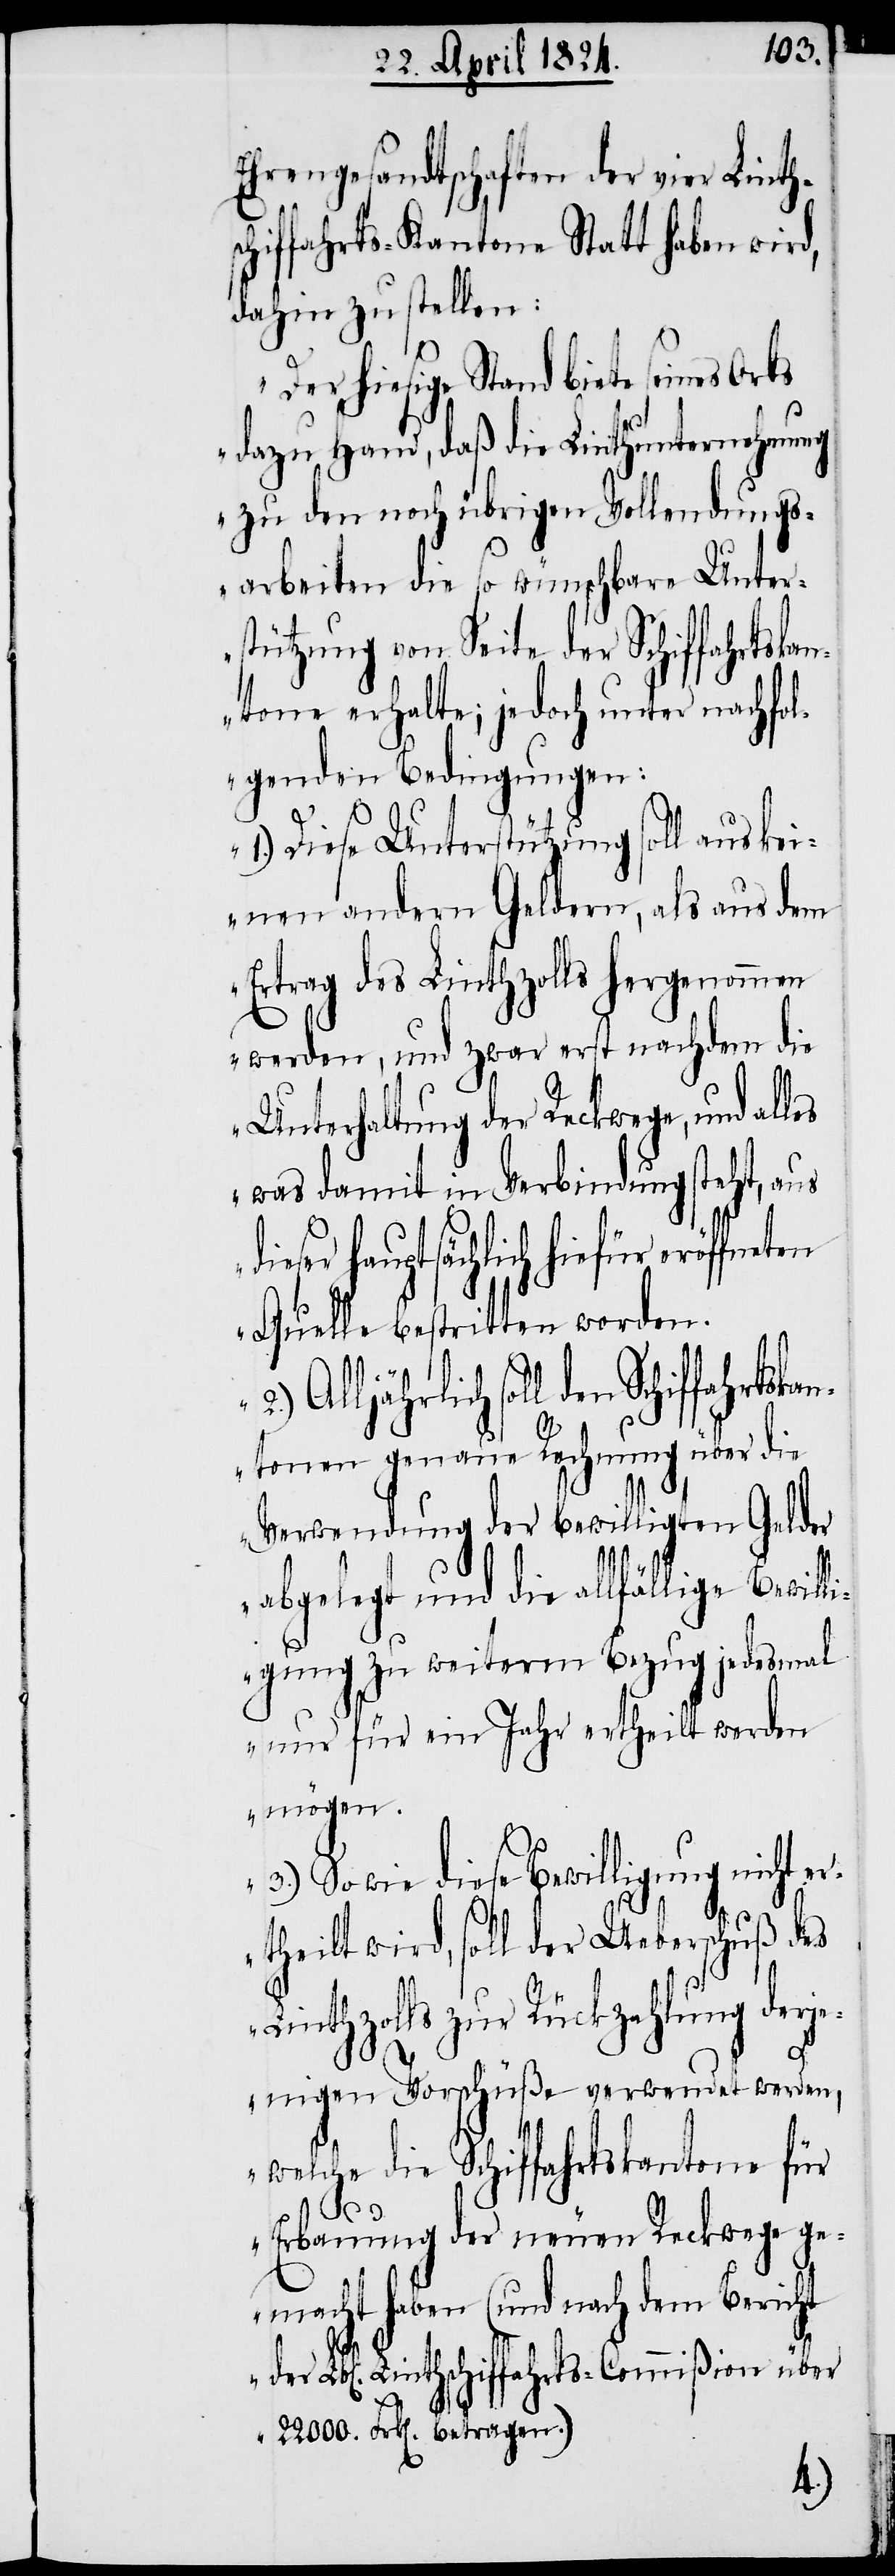
Ehrengesandtschaften der vier Linth¬
hiffahrts-Kantone Statt haben wird,
dahin zu stellen:
„Der hiesige Stand biete seines Orts
dazu Hand, daß die Linthunternehmung
zu den noch übrigen Vollendungs¬
arbeiten die so wünschbare Unter¬
stützung von Seite der Schiffahrtska¬
ntone erhalte; jedoch unter nachfol¬
genden Bedingungen:
1.) Diese Unterstützung soll aus ke¬
inen andern Geldern, als aus dem
Ertrag des Linthzolls hergenommen
werden, und zwar erst nachdem die
Unterhaltung der Reckwege, und al¬
was damit in Verbindung steht, aus
hauptsächlich hiefür eröffneten
Quelle bestritten worden.
soll den Schiffahrtska¬
ntonen genaue Rechnung über die
Verwendung der bewilligten Gelder
abgelegt und die allfällige Bewil¬
ligung zu weiterm Bezug jedesmal
nur für ein Jahr ertheilt werden
mögen.
3.) Sowie diese Bewilligung nicht
ertheilt wird, soll der Ueberschuß des
Linthzolls zur Rückzahlung derj¬
enigen Vorschüße verwendet werden,
welche die Schiffahrtskantone für
Lbl[ic¬
uung der neuen Reckwege ge¬
macht haben (und nach dem Bericht
hen]. Linthschiffahrts-Commißion über
22'000. Frk[en]. betragen.)
2.)